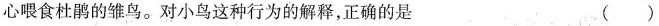
心喂食杜鹃的雏鸟。对小鸟这种行为的解释，正确的是 ()